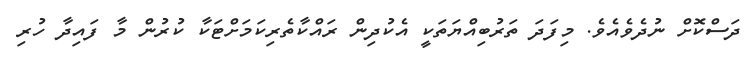
ދަސްކޮށް ނުދެވެއެވެ. މިފަދަ ތަރުބިއްޔަތަކީ އެކުދިން ރައްކާތެރިކަމަށްޓަކާ ކުރުން މާ ފައިދާ ހުރި